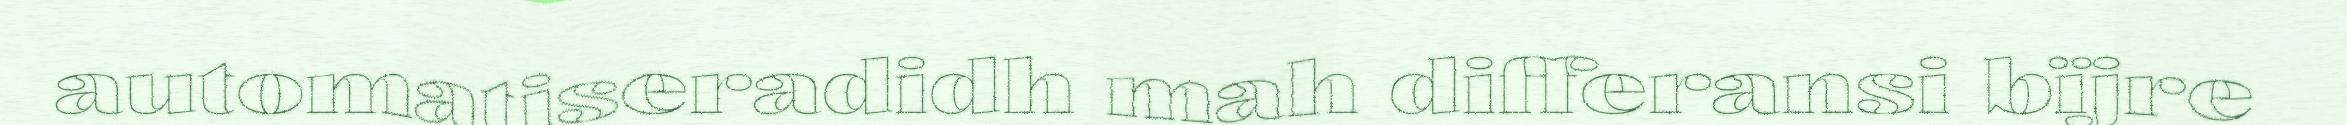
automatiseradidh mah differansi bïjre